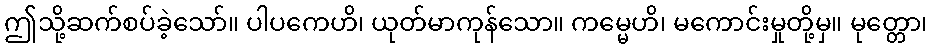
ဤသို့ဆက်စပ်ခဲ့သော်။ ပါပကေဟိ၊ ယုတ်မာကုန်သော။ ကမ္မေဟိ၊ မကောင်းမှုတို့မှ။ မုတ္တော၊